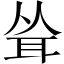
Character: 耸